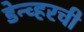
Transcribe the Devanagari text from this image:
डेन्व्हरची